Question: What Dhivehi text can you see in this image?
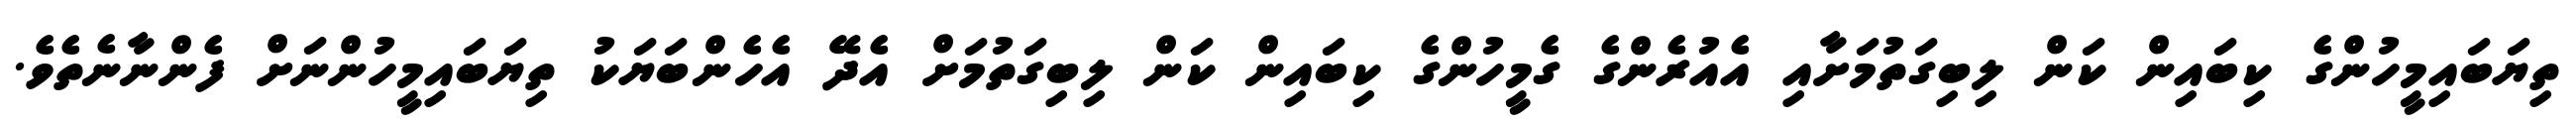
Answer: ތިޔަބައިމީހުންގެ ކިބައިން ކަން ލިބިގަތުމަށާއި އެއުރެންގެ ގެމީހުންގެ ކިބައިން ކަން ލިބިގަތުމަށް އެދޭ އެހެންބަޔަކު ތިޔަބައިމީހުންނަށް ފެންނާނެތެވެ.